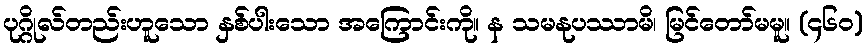
ပုဂ္ဂိုလ်တည်းဟူသော နှစ်ပါးသော အကြောင်းကို။ န သမနုပဿာမိ၊ မြင်တော်မမူ။ (၄၆၀)